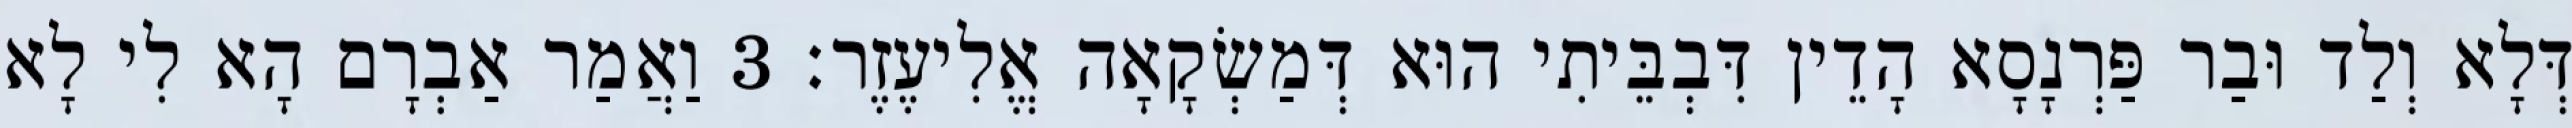
דְּלָא וְלַד וּבַר פַּרְנָסָא הָדֵין דִּבְבֵּיתִי הוּא דְּמַשְׂקָאָה אֱלִיעֶזֶר׃ 3 וַאֲמַר אַבְרָם הָא לִי לָא